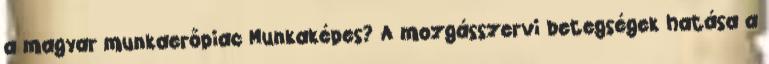
a magyar munkaerőpiac Munkaképes? A mozgásszervi betegségek hatása a